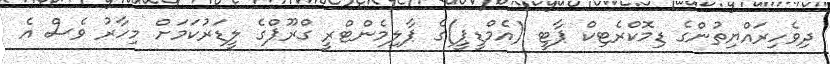
ދިވެހިރައްޔިތުންގެ ޑިމޮކްރެޓިކް ޕާޓީ (އެމްޑީޕީ)ގެ ޕާލިމެންޓްރީ ގްރޫޕްގެ ލީޑަރުކަމަށް މިހާރު ވެސް އެ